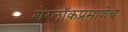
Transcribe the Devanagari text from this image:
शेरलाॅकप्रमाणेच